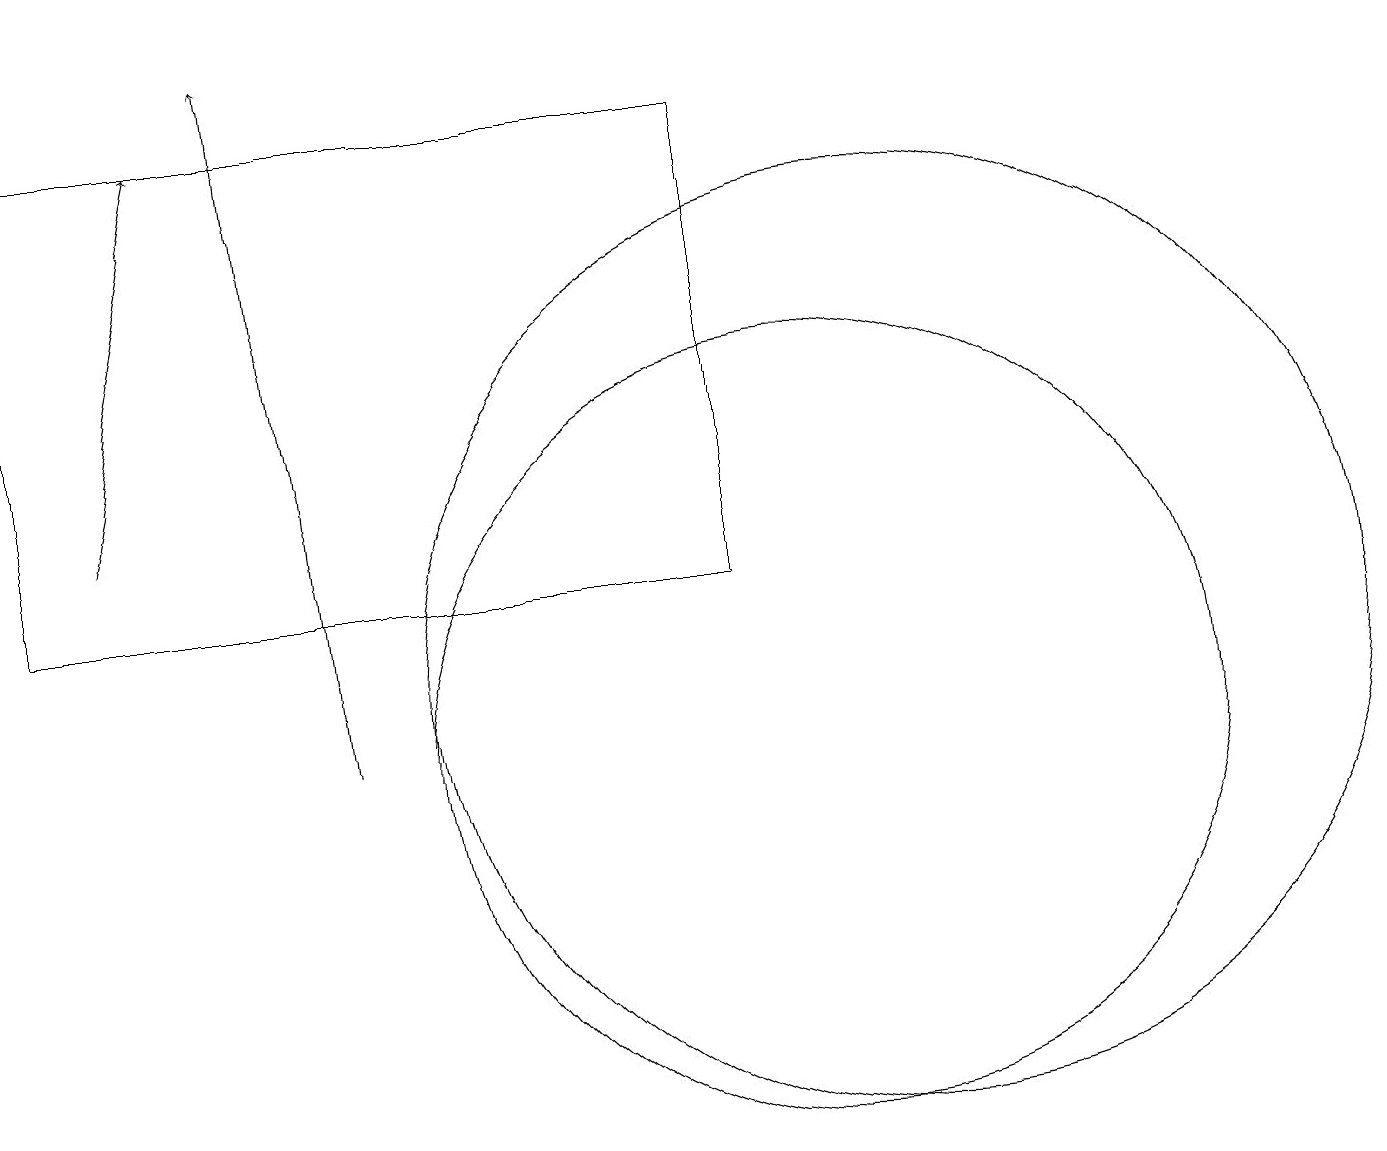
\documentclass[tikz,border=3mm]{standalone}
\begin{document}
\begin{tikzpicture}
\draw[->] (4,10) -- (3,19);
\draw (10,10) circle (5);
\draw (11,11) circle (6);
\draw (9,12) rectangle (0,18);
\draw[->] (1,13) -- (2,18);
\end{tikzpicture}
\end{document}